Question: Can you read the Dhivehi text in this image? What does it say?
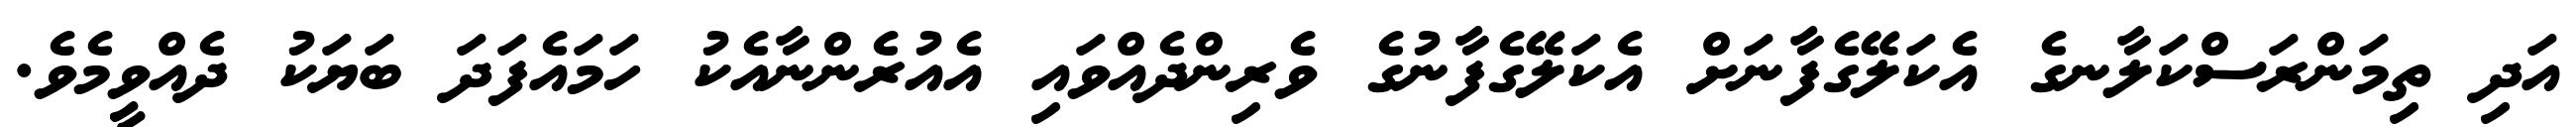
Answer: އަދި ތިމަންރަސްކަލާނގެ އެކަލޭގެފާނަށް އެކަލޭގެފާނުގެ ވެރިންދެއްވައި އެއުރެންނާއެކު ހަމައެފަދަ ބަޔަކު ދެއްވީމެވެ.